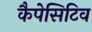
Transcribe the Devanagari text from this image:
कैपेसिटिव